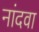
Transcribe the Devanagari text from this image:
नांदवा